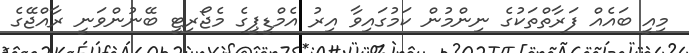
މިއީ ބައެއް ފަރާތްތަކުގެ ނިންމުން ކަމުގައިވާ އިރު އެމްޑީޕީގެ މެޖޯރިޓީ ބޭނުންވަނީ ރާއްޖޭގެ